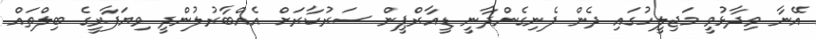
އޭނާ ވިދާޅުވީ މަޖިލީހުގައި ދެން ފެނިގެންދާނީ ޑީއާރްޕީން ސަރުކާރަށް އެއްބާރުލުންދީ ވިޔަފާރީގެ ބިލްތައް